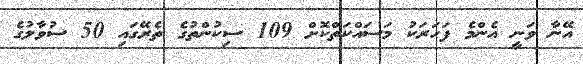
އޭނާ ވަނީ އެންމެ ފަހަރަކު މަސައްކަތްކޮށް 109 ސިކުންތުގެ ތެރޭގައި 50 ސުވާލުގެ